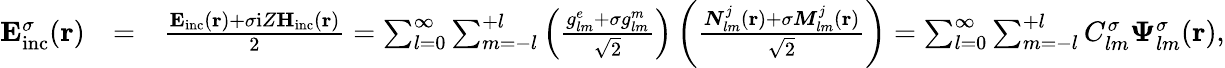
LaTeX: \begin{array}{rlr}{{\mathbf E}_{\mathrm{{inc}}}^{\sigma}({\mathbf r})}&{=}&{\frac{{\mathbf E}_{\mathrm{inc}}({\mathbf r})+\sigma\mathrm{i}Z{\mathbf H}_{\mathrm{inc}}({\mathbf r})}{2}=\sum_{l=0}^{\infty}\sum_{m=-l}^{+l}\left(\frac{{g_{lm}^{e}+\sigma g_{lm}^{m}}}{\sqrt{2}}\right)\left(\frac{{\boldsymbol{N}}_{lm}^{j}({\mathbf r})+\sigma{\boldsymbol{M}}_{lm}^{j}({\mathbf r})}{\sqrt{2}}\right)=\sum_{l=0}^{\infty}\sum_{m=-l}^{+l}C_{lm}^{\sigma}\boldsymbol{\Psi}_{lm}^{\sigma}({\mathbf r}),}\end{array}